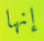
إنها